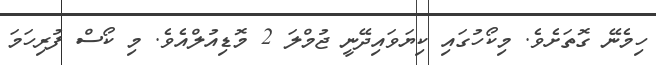
ހިމެނޭ ގޮތަށެވެ. މިކޯހުގައި ކިޔަވައިދޭނީ ޖުމްލަ 2 މޮޑިއުލްއެވެ. މި ކޯސް ފުރިހަމަ